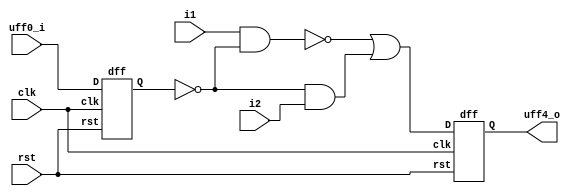
`timescale 1ns / 1ps
module setup(clk, rst, uff0_i, uff4_o, i1, i2);
input clk, rst, uff0_i, i1, i2;
output uff4_o;
wire q0, q1, q2, q3;

dff uff0(clk, rst, uff0_i, q0);
not uff1(q1, q0);
nand uff2(q2, i1, q1);
and uff3(q3, q1, i2);
or uff4(q4, q2, q3);
dff uff5(clk, rst, q4, uff4_o);

endmodule


module dff(clk,rst,D,Q);
input D; // Data input 
input clk, rst; // clock input 
output reg Q; // output Q 
always @(posedge clk) 
begin
if (rst)
 Q <=0;
else
 Q <= D; 
end 
endmodule